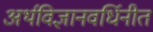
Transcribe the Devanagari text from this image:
अर्थविज्ञानवर्धिनीत